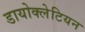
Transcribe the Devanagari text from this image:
डायोक्लेटियन